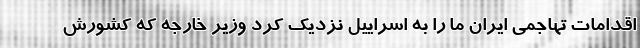
اقدامات تهاجمی ایران ما را به اسراییل نزدیک کرد وزیر خارجه که کشورش